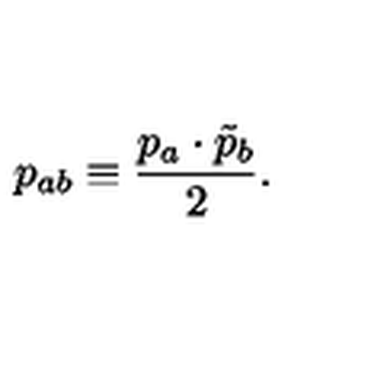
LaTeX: p _ { a b } \equiv \frac { p _ { a } \cdot \tilde { p } _ { b } } { 2 } .